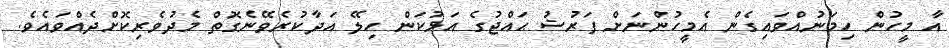
އާ މީހުން ހިމަނުއްވައިގެން އެމީހުންނަށް ފަރުޟު ޙައްޖުގެ އަޅުކަން ހިލޭ އަދާކުރެވޭނެގޮތް މެދުވެރިކޮށްދެއްވައެވެ.